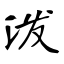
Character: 泼